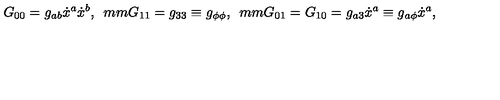
G _ { 0 0 } = g _ { a b } \dot { x } ^ { a } \dot { x } ^ { b } , \hspace * { 5 m m } G _ { 1 1 } = g _ { 3 3 } \equiv g _ { \phi \phi } , \hspace * { 5 m m } G _ { 0 1 } = G _ { 1 0 } = g _ { a 3 } \dot { x } ^ { a } \equiv g _ { a \phi } \dot { x } ^ { a } ,